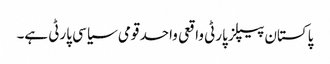
پاکستان پیپلز پارٹی واقعی واحد قومی سیاسی پارٹی ہے۔